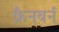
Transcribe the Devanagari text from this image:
क्रैनबर्न